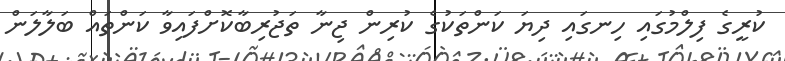
ކުރީގެ ފިލްމުގައި ހިނގައި ދިޔަ ކަންތަކުގެ ކުރިން ޖިނާ ތަޖުރިބާކޮށްފައިވާ ކަންތައް ބަލާލަން